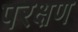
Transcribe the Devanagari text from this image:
परक्षण